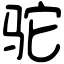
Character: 驼